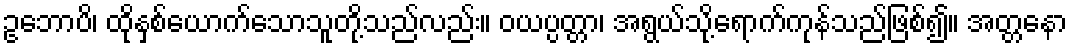
ဥဘောပိ၊ ထိုနှစ်ယောက်သောသူတို့သည်လည်း။ ဝယပ္ပတ္တာ၊ အရွယ်သို့ရောက်ကုန်သည်ဖြစ်၍။ အတ္တနော